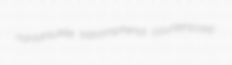
narsarsukite tribromphenol counterscarp